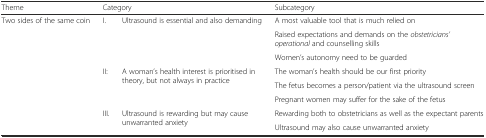
<table><thead><tr><td><b>Theme</b></td><td colspan="2"><b>Category</b></td><td><b>Subcategory</b></td></tr></thead><tbody><tr><td rowspan="8">Two sides of the same coin</td><td rowspan="3">I.</td><td rowspan="3">Ultrasound is essential and also demanding</td><td>A most valuable tool that is much relied on</td></tr><tr><td>Raised expectations and demands on the <i>obstetricians’ operational</i> and counselling skills</td></tr><tr><td>Women’s autonomy need to be guarded</td></tr><tr><td rowspan="3">II:</td><td rowspan="3">A woman’s health interest is prioritised in theory, but not always in practice</td><td>The woman’s health should be our first priority</td></tr><tr><td>The fetus becomes a person/patient via the ultrasound screen</td></tr><tr><td>Pregnant women may suffer for the sake of the fetus</td></tr><tr><td rowspan="2">III.</td><td rowspan="2">Ultrasound is rewarding but may cause unwarranted anxiety</td><td>Rewarding both to obstetricians as well as the expectant parents</td></tr><tr><td>Ultrasound may also cause unwarranted anxiety</td></tr></tbody></table>